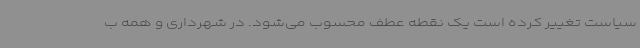
سیاست تغییر کرده است یک نقطه عطف محسوب می‌شود. در شهرداری و همه ب